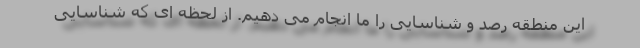
این منطقه رصد و شناسایی را ما انجام می دهیم. از لحظه ای که شناسایی